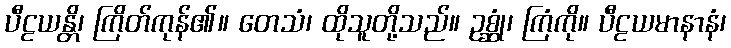
ပီဠယန္တိ၊ ကြိတ်ကုန်၏။ တေသံ၊ ထိုသူတို့သည်။ ဥစ္ဆုံ၊ ကြံကို။ ပီဠယမာနာနံ၊